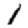
Digit: 1